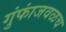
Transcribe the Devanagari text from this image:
गुंफांजवळच